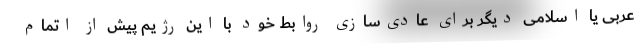
عربی یا اسلامی دیگر برای عادی‌سازی روابط خود با این رژیم پیش از اتمام